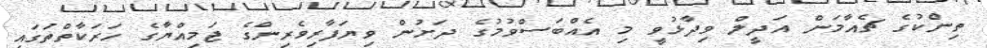
ތިންކުގެ ޗެއާމަން އަދީލް ވިދާޅުވީ މި އެއްބަސްވުމުގެ ދަށުން ވިޔަފާރިވެރިންގެ ޖަމިއްޔާގެ ހަރަކާތްތަގައި